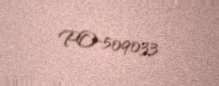
PO-509033